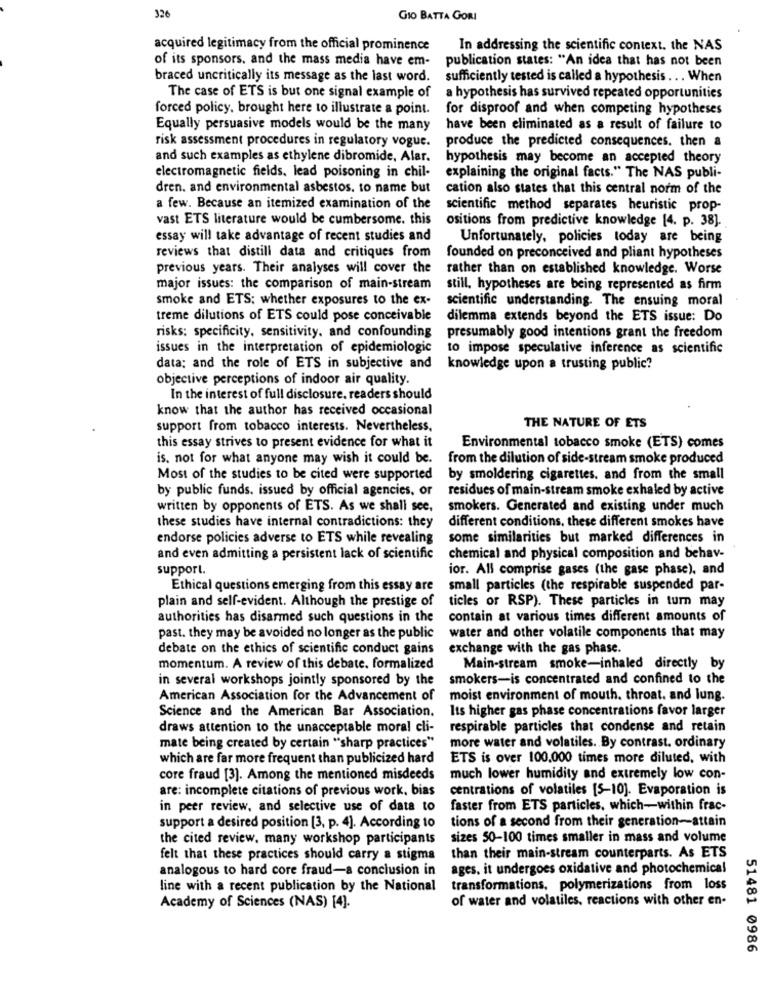
326
GIO BATTA GORI
acquired legitimacy from the official prominence
In addressing the scientific context. the NAS
of its sponsors, and the mass media have em-
publication states: "An idea that has not been
braced uncritically its message as the last word.
sufficiently tested is called a hypothesis ... When
The case of ETS is but one signal example of
a hypothesis has survived repeated opportunities
forced policy, brought here to illustrate a point.
for disproof and when competing hypotheses
Equally persuasive models would be the many
have been eliminated as a result of failure to
risk assessment procedures in regulatory vogue.
produce the predicted consequences. then &
and such examples as ethylene dibromide, Alar.
hypothesis may become an accepted theory
electromagnetic fields. lead poisoning in chil-
explaining the original facts." The NAS publi-
dren. and environmental asbestos. to name but
cation also states that this central norm of the
a few. Because an itemized examination of the
scientific method separates heuristic prop-
vast ETS literature would be cumbersome. this
ositions from predictive knowledge [4. p. 38].
essay will take advantage of recent studies and
Unfortunately, policies today are being
reviews that distill data and critiques from
founded on preconceived and pliant hypotheses
previous years. Their analyses will cover the
rather than on established knowledge. Worse
major issues: the comparison of main-stream
still, hypotheses are being represented as firm
smoke and ETS: whether exposures to the ex-
scientific understanding. The ensuing moral
treme dilutions of ETS could pose conceivable
dilemma extends beyond the ETS issue: Do
risks: specificity, sensitivity. and confounding
presumably good intentions grant the freedom
issues in the interpretation of epidemiologic
to impose speculative inference as scientific
data: and the role of ETS in subjective and
knowledge upon a trusting public?
objective perceptions of indoor air quality.
In the interest of full disclosure. readers should
know that the author has received occasional
support from tobacco interests. Nevertheless,
THE NATURE OF ETS
this essay strives to present evidence for what it
Environmental tobacco smoke (ETS) comes
is. not for what anyone may wish it could be.
from the dilution of side-stream smoke produced
Most of the studies to be cited were supported
by smoldering cigarettes. and from the small
by public funds. issued by official agencies, or
residues of main-stream smoke exhaled by active
written by opponents of ETS. As we shall see,
smokers. Generated and existing under much
these studies have internal contradictions: they
different conditions. these different smokes have
endorse policies adverse to ETS while revealing
some similarities but marked differences in
and even admitting a persistent lack of scientific
chemical and physical composition and behav-
support.
ior. All comprise gases (the gase phase), and
Ethical questions emerging from this essay are
small particles (the respirable suspended par-
ticles or RSP). These particles in turn may
plain and self-evident. Although the prestige of
authorities has disarmed such questions in the
contain at various times different amounts of
past. they may be avoided no longer as the public
water and other volatile components that may
debate on the ethics of scientific conduct gains
exchange with the gas phase.
momentum. A review of this debate. formalized
Main-stream smoke-inhaled directly by
in several workshops jointly sponsored by the
smokers-is concentrated and confined to the
American Association for the Advancement of
moist environment of mouth. throat. and lung.
Science and the American Bar Association.
Its higher gas phase concentrations favor larger
draws attention to the unacceptable moral cli-
respirable particles that condense and retain
mate being created by certain "sharp practices"
more water and volatiles. By contrast. ordinary
which are far more frequent than publicized hard
ETS is over 100,000 times more diluted, with
core fraud [3]. Among the mentioned misdeeds
much lower humidity and extremely low con-
are: incomplete citations of previous work, bias
centrations of volatiles [5-10]. Evaporation is
in peer review, and selective use of data to
faster from ETS particles, which-within frac-
tions of a second from their generation-attain
support a desired position [3, p. 4]. According to
the cited review, many workshop participants
sizes 50-100 times smaller in mass and volume
felt that these practices should carry a stigma
than their main-stream counterparts. As ETS
analogous to hard core fraud-a conclusion in
ages. it undergoes oxidative and photochemical
line with a recent publication by the National
transformations, polymerizations from loss
of water and volatiles. reactions with other en-
Academy of Sciences (NAS) [4].
51481 0986